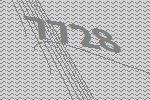
7728